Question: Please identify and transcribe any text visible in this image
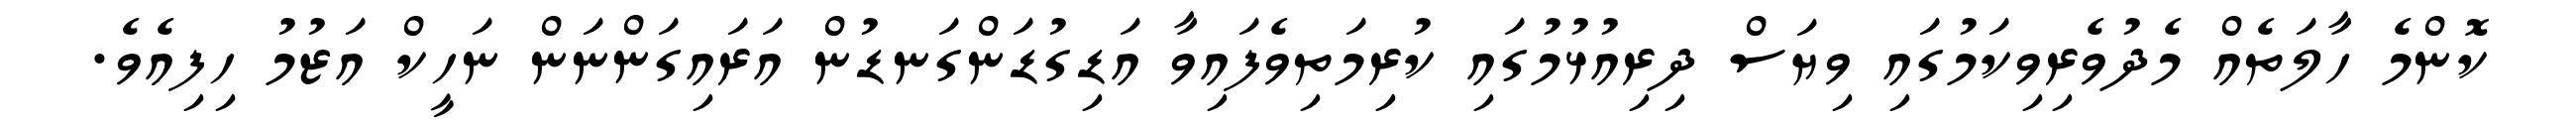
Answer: ކޮންމެ ހާލަތެއް މެދުވެރިވިކަމުގައި ވިޔަސް ދިރިއުޅުމުގައި ކުރިމަތިވެފައިވާ އަޑިގުޑަންގަނޑުން އަރައިގަންނަން ނަހީކް އަޒުމު ހިފިއެވެ.